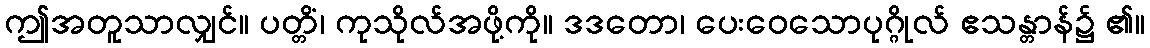
ဤအတူသာလျှင်။ ပတ္တိံ၊ ကုသိုလ်အဖို့ကို။ ဒဒတော၊ ပေးဝေသောပုဂ္ဂိုလ် ဧသန္တာန်၌ ၏။